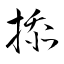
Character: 掭